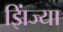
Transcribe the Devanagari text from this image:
झिंज्या